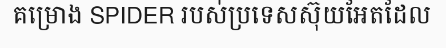
គម្រោង SPIDER របស់ប្រទេសស៊ុយអែតដែល